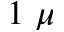
1 ~ \mu